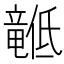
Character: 𬺙